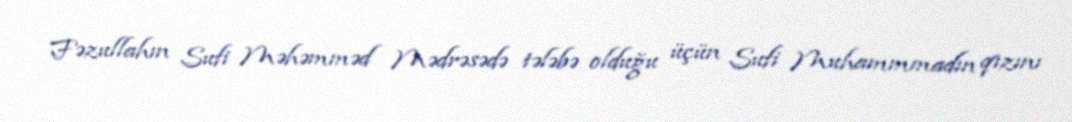
Fəzullahın Sufi Məhəmməd Mədrəsədə tələbə olduğu üçün Sufi Muhammmadın qızını